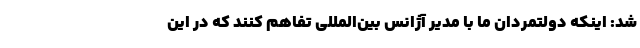
شد: اینکه دولتمردان ما با مدیر آژانس بین‌المللی تفاهم کنند که در این